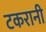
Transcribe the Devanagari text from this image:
टकरानी